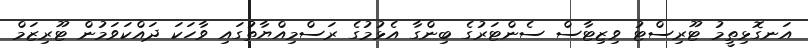
އަނގޮޅިތީމު ޓޫރިސްޓު ވިޒިޓާސް ސެންޓަރުގެ ބިންގާ އެޅުމުގެ ރަސްމިއްޔާތުގައި ވާހަކަ ދައްކަވަމުން ޓޫރިޒަމް